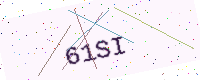
Text: 61SI